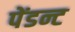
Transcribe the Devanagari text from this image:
पेंडन्ट